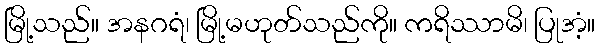
မြို့သည်။ အနဂရံ၊ မြို့မဟုတ်သည်ကို။ ကရိဿာမိ၊ ပြုအံ့။